system: You are a helpful assistant.
user:
Analyze the provided spectrum to determine if it is a **Carbon Star (C-type)**.

- **Key Visual Indicators of Carbon Star:**
    - **(Primary):** Strong molecular absorption from **C₂ (diatomic carbon) "Swan Bands."** This is the **defining feature** of a carbon star.
        - **(Key Bandheads):** Sharp absorption edges are visible at approximately $5635$ Å, $5165$ Å (the strongest band), and $4737$ Å.
        - **(Line Profile):** Creates a distinct **"saw-tooth"** pattern. The key morphology is a sharp, steep bandhead on the **red (long-wavelength) side**, which then gradually tapers off (i.e., flux recovers) towards the **blue (short-wavelength) side**. *(This is the direct opposite of the TiO bands seen in M-type stars)*.

    - **(Secondary):** Intense **CN (cyanogen)** molecular absorption bands.
        - **(Key Bandheads):** Located in the blue and violet regions of the spectrum (e.g., near $4215$ Å and $3883$ Å).
        - **(Morphology):** These bands are extremely broad and act as a "blanket," absorbing the vast majority of blue and violet light. This creates a characteristic **"cliff"** or **"steep drop-off"** in the spectrum's flux at short wavelengths.

    - **(Key Confirmation):** Strong **CH absorption band (G-band)**.
        - **(Key Bandhead):** Located around $4300$ Å. The contribution from CH molecules to this band is exceptionally strong.

    - **(Overall Spectrum):**
        - The continuum is severely "chopped up" by these deep molecular bands, especially C₂, rather than appearing as a smooth curve.
        - Due to the heavy CN and C₂ absorption in the blue-green, the vast majority of the star's flux is concentrated in the red part of the spectrum, giving the star its characteristic deep red color.

Think first, call **spectral_visualization_tool** if needed to examine features in detail, then provide your final answer. Your response must adhere to the following strict rules:
1.  **Overall Structure:** Your response must follow the format `<think>...</think> <tool_call>...</tool_call> (if a tool is used) <answer>...</answer>`.
2.  **Tool Usage Constraint:** You may only make **one** tool call per turn.
3.  **Final Answer Format:** In the `<answer>` tag, your conclusion must be inside a `\boxed{}` command (e.g., `\boxed{YES}`), followed by your justification.

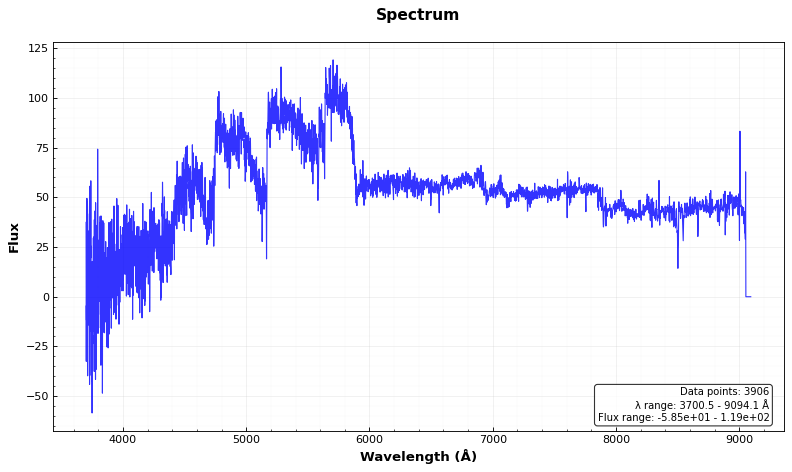
Answer: YES